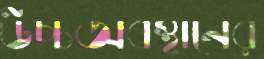
উচ্চঅবস্থানের